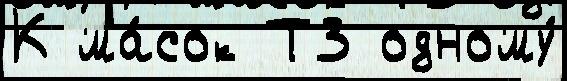
К ма́сок Т3 одному́